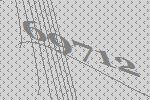
69712